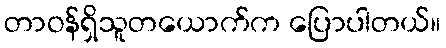
တာဝန်ရှိသူတယောက်က ပြောပါတယ်။